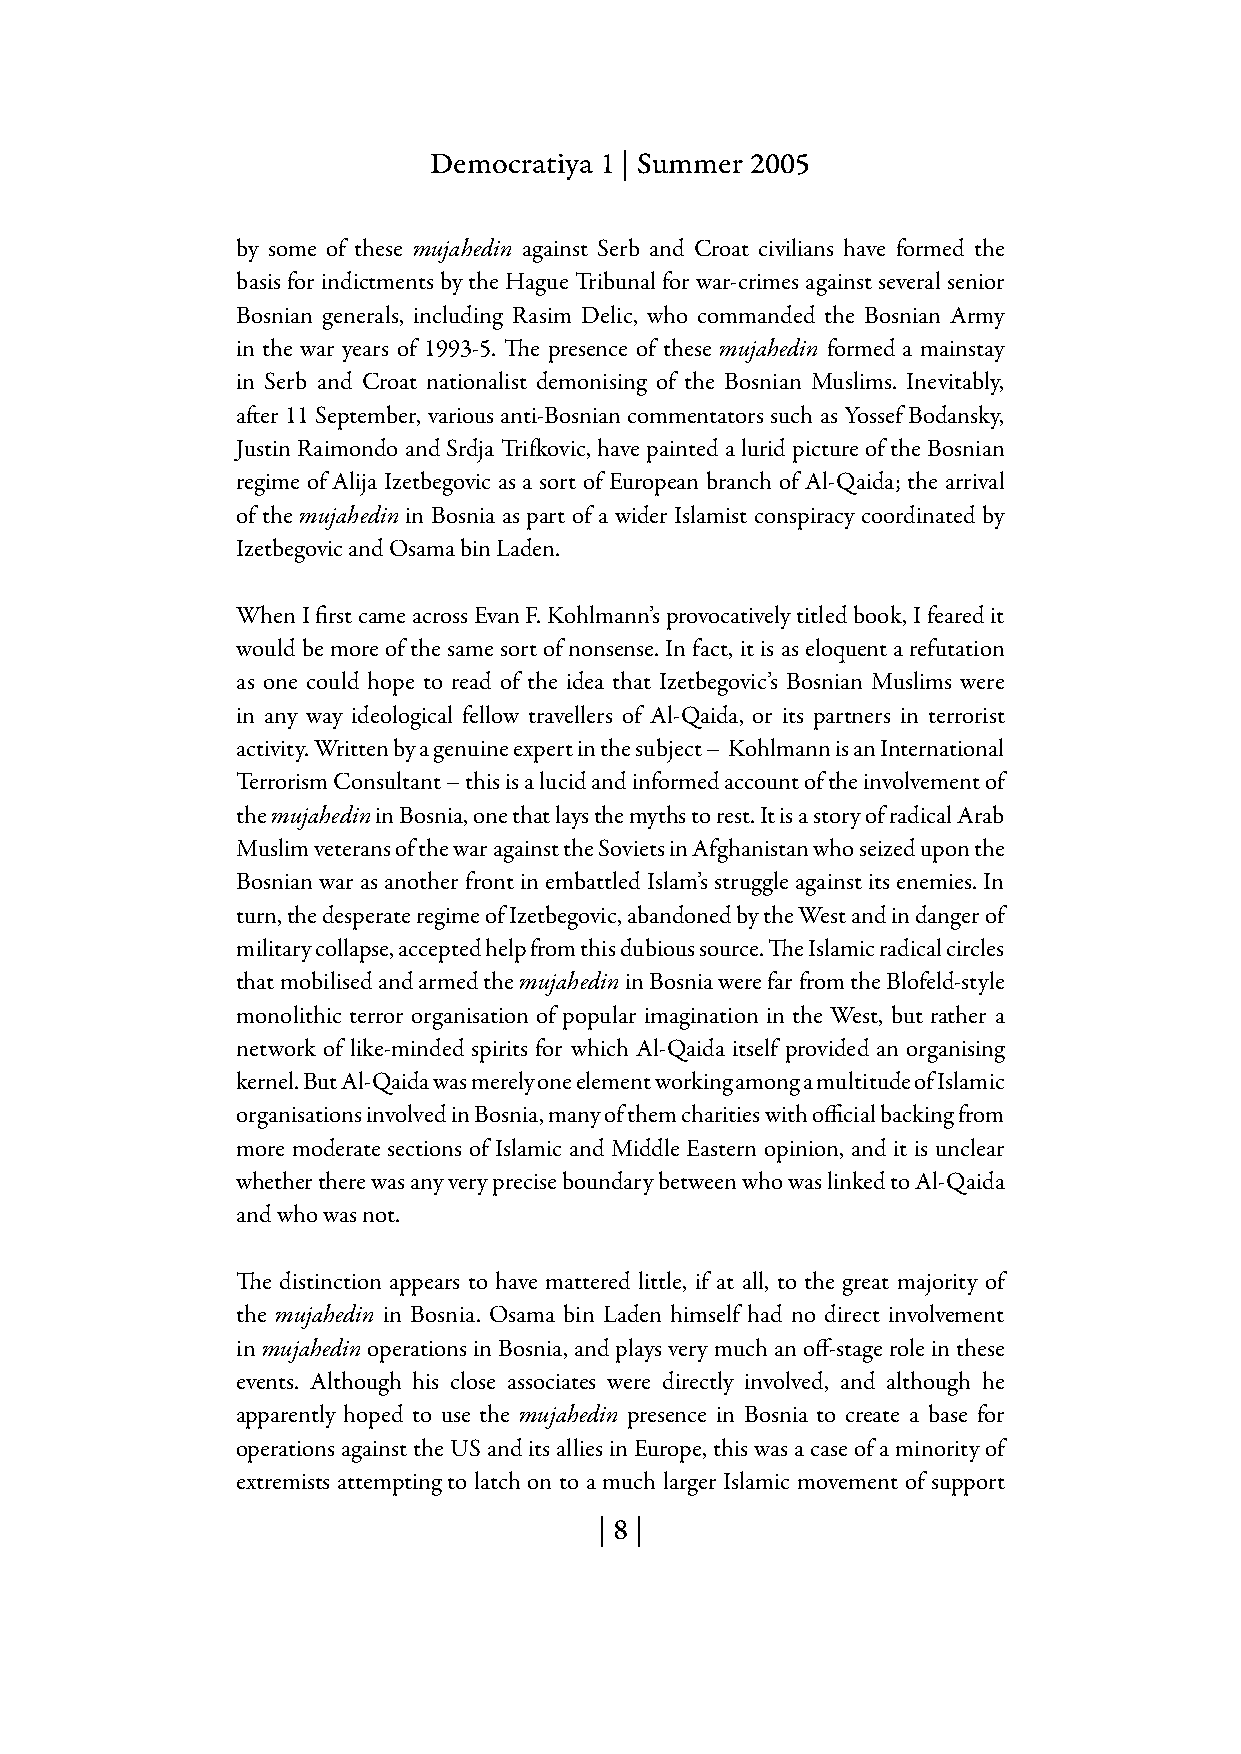
Democratiya 1 | Summer 2005
 by some of these mujahedin against Serb and Croat civilians have formed the
 basis for indictments by the Hague Tribunal for war-crimes against several senior
 Bosnian generals, including Rasim Delic, who commanded the Bosnian Army
 in the war years of 1993-5. The presence of these mujahedin formed a mainstay
 in Serb and Croat nationalist demonising of the Bosnian Muslims. Inevitably,
 after 11 September, various anti-Bosnian commentators such as Yossef Bodansky,
 Justin Raimondo and Srdja Trifkovic, have painted a lurid picture of the Bosnian
 regime of Alija Izetbegovic as a sort of European branch of Al-Qaida; the arrival
 of the mujahedin in Bosnia as part of a wider Islamist conspiracy coordinated by
 Izetbegovic and Osama bin Laden.
 When I first came across Evan F. Kohlmann’s provocatively titled book, I feared it
 would be more of the same sort of nonsense. In fact, it is as eloquent a refutation
 as one could hope to read of the idea that Izetbegovic’s Bosnian Muslims were
 in any way ideological fellow travellers of Al-Qaida, or its partners in terrorist
 activity. Written by a genuine expert in the subject – Kohlmann is an International
 Terrorism Consultant – this is a lucid and informed account of the involvement of
 the mujahedin in Bosnia, one that lays the myths to rest. It is a story of radical Arab
 Muslim veterans of the war against the Soviets in Afghanistan who seized upon the
 Bosnian war as another front in embattled Islam’s struggle against its enemies. In
 turn, the desperate regime of Izetbegovic, abandoned by the West and in danger of
 military collapse, accepted help from this dubious source. The Islamic radical circles
 that mobilised and armed the mujahedin in Bosnia were far from the Blofeld-style
 monolithic terror organisation of popular imagination in the West, but rather a
 network of like-minded spirits for which Al-Qaida itself provided an organising
 kernel. But Al-Qaida was merely one element working among a multitude of Islamic
 organisations involved in Bosnia, many of them charities with official backing from
 more moderate sections of Islamic and Middle Eastern opinion, and it is unclear
 whether there was any very precise boundary between who was linked to Al-Qaida
 and who was not.
 The distinction appears to have mattered little, if at all, to the great majority of
 the mujahedin in Bosnia. Osama bin Laden himself had no direct involvement
 in mujahedin operations in Bosnia, and plays very much an off-stage role in these
 events. Although his close associates were directly involved, and although he
 apparently hoped to use the mujahedin presence in Bosnia to create a base for
 operations against the US and its allies in Europe, this was a case of a minority of
 extremists attempting to latch on to a much larger Islamic movement of support
 | 8 |